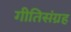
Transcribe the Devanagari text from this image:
गीतिसंग्रह